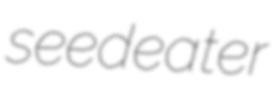
seedeater